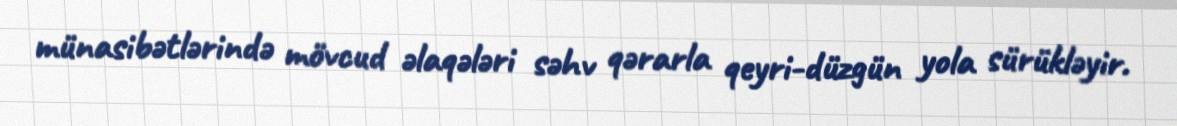
münasibətlərində mövcud əlaqələri səhv qərarla qeyri-düzgün yola sürükləyir.